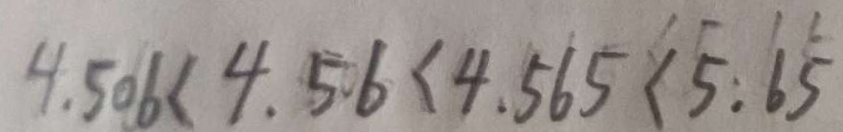
4 . 5 0 6 < 4 . 5 6 < 4 . 5 6 5 < 5 . 6 \dot { 5 }